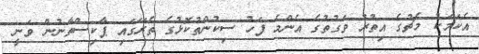
އެކަމަކު މެޗުގެ އިތުރު ވަގުތުގެ އެންމެ ފަހު ސިކުންތުކޮޅުގެ ތެރޭގައި ޕާކިސްތާނުން ވަނީ